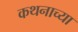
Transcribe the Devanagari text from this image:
कथनाच्या